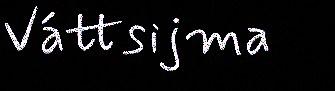
Váttsijma